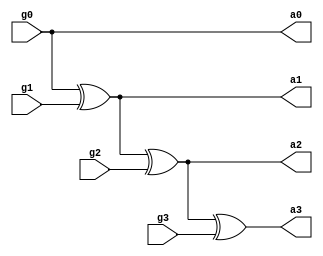
module greyToBinary(a0,a1,a2,a3,g0,g1,g2,g3);
  output a0,a1,a2,a3;
  input g0,g1,g2,g3;
  
  assign a0=g0;
  assign a1=a0^g1;
  assign a2=a1^g2;
  assign a3=a2^g3;
  
endmodule